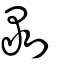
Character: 剝